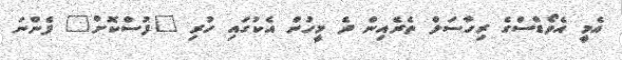
އެމީ އެވޯޑްސްގެ ރިހާސަލް ތެރެއިން ދެ މީހުން އެކުގައި ހުރި "ފުސްކޮށް" ފެންނަ